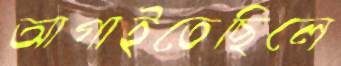
আগাইতেছিলে